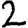
Digit: 2